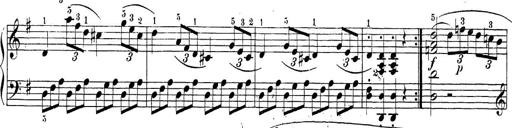
Title: Sonatina Album
Composer: Louis KÃ¶hler